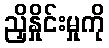
ညှိနှိုင်းမှုကို